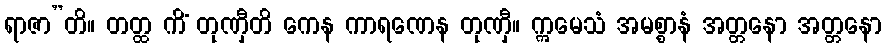
ရာဇာ”တိ။ တတ္ထ ကိံ တုဏှီတိ ကေန ကာရဏေန တုဏှီ။ ဣမေသံ အမစ္စာနံ အတ္တနော အတ္တနော